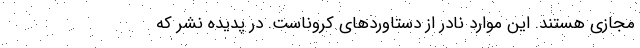
مجازی هستند. این موارد نادر از دستاوردهای کروناست. در پدیده نشر که